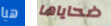
هيا ضحاياها